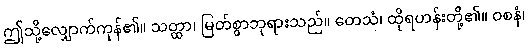
ဤသို့လျှောက်ကုန်၏။ သတ္ထာ၊ မြတ်စွာဘုရားသည်။ တေသံ၊ ထိုရဟန်းတို့၏။ ဝစနံ၊